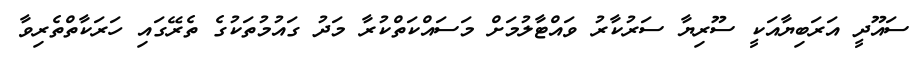
ސައޫދީ އަރަބިޔާއަކީ ސޫރިޔާ ސަރުކާރު ވައްޓާލުމަށް މަސައްކަތްކުރާ މަދު ގައުމުތަކުގެ ތެރޭގައި ހަރަކާތްތެރިވާ